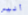
أليس